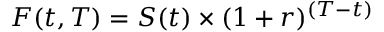
F ( t , T ) = S ( t ) \times ( 1 + r ) ^ { ( T - t ) }